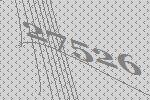
27526